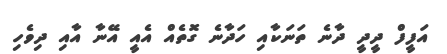
އަފީފް ދީދީ ދާނެ ތަނަކާއި ހަދާނެ ގޮތެއް އެއީ އޭނާ އާއި ދިވެހި